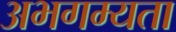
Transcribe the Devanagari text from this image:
अभगम्यता